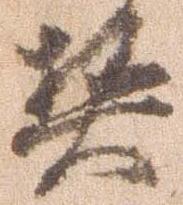
契